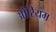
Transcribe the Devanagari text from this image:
ओरियम